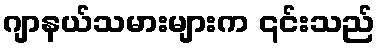
ဂျာနယ်သမားများက ၎င်းသည်